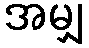
အမျှ